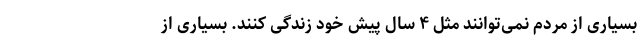
بسیاری از مردم نمی‌توانند مثل ۴ سال پیش خود زندگی کنند. بسیاری از